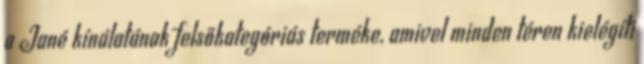
a Jané kínálatának felsőkategóriás terméke, amivel minden téren kielégíti